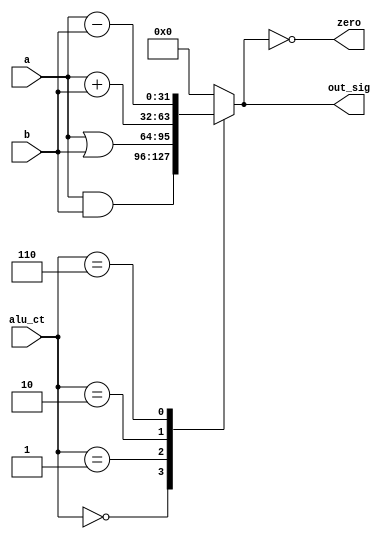
module ALU(out_sig, zero, a, b, alu_ct);
  output reg [31:0]out_sig;
  output zero;
  input [31:0]a;
  input [31:0]b;
  input [3:0]alu_ct;
  assign zero = (out_sig==0);
  always @ ( alu_ct, a, b) begin
	case ( alu_ct)
	0: out_sig <= a & b; // and
	1: out_sig <= a | b;  // or
	2: out_sig <= a + b; // add
	6: out_sig <= a - b; // subract
	default: out_sig <= 0; // should not happen
	endcase
   end
endmodule